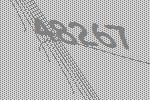
48267